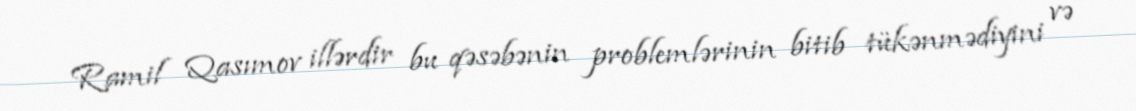
Ramil Qasımov illərdir bu qəsəbənin problemlərinin bitib tükənmədiyini və